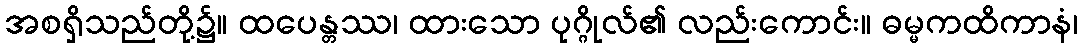
အစရှိသည်တို့၌။ ထပေန္တဿ၊ ထားသော ပုဂ္ဂိုလ်၏ လည်းကောင်း။ ဓမ္မကထိကာနံ၊